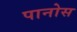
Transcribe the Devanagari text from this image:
पानोस